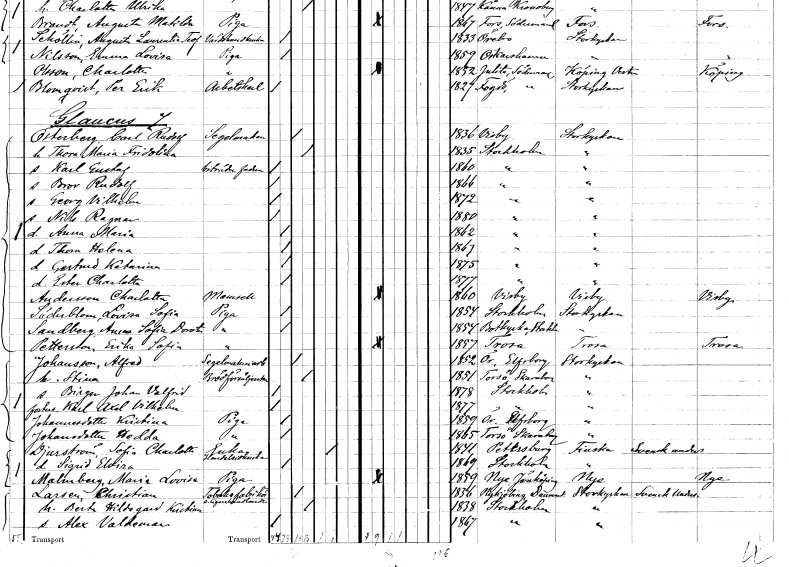
gt_parse: households: individuals: FN: Carl Rudolf
EN: Österberg
YRKE: Segelmakare
KON: M
CIV: G
FODAR: 1836
FODFORS: Visby Gotlands län
FN: Thora Maria Fridolina
KON: K
CIV: G
FODAR: 1835
FODFORS: Stockholm
FN: Karl Gustaf
YRKE: Biträde till fadern
KON: M
CIV: O
FODAR: 1860
FODFORS: Stockholm
FN: Bror Rudolf
KON: M
CIV: O
FODAR: 1866
FODFORS: Stockholm
FN: Georg Vilhelm
KON: M
CIV: O
FODAR: 1872
FODFORS: Stockholm
FN: Nils Ragnar
KON: M
CIV: O
FODAR: 1880
FODFORS: Stockholm
FN: Anna Maria
KON: K
CIV: O
FODAR: 1862
FODFORS: Stockholm
FN: Thora Helena
KON: K
CIV: O
FODAR: 1867
FODFORS: Stockholm
FN: Gertrud Katarina
KON: K
CIV: O
FODAR: 1875
FODFORS: Stockholm
FN: Ester Charlotta
KON: K
CIV: O
FODAR: 1877
FODFORS: Stockholm
FN: Charlotta
EN: Andersson
KON: K
CIV: O
FODAR: 1860
FODFORS: Visby Gotlands län
FN: Lovisa Sofia
EN: Söderblom
YRKE: Piga
KON: K
CIV: O
FODAR: 1854
FODFORS: Stockholm
FN: Anna Sofia Dorotea
EN: Sandberg
YRKE: Piga
KON: K
CIV: O
FODAR: 1854
FODFORS: Botkyrka Stockholms län
FN: Erika Sofia
EN: Pettersson
YRKE: Piga
KON: K
CIV: O
FODAR: 1857
FODFORS: Trosa Södermanlands län
FN: Alfred
EN: Johansson
YRKE: Segelmakeriarbetare
KON: M
CIV: G
FODAR: 1852
FODFORS: Ör Älvsborgs län
FN: Stina
YRKE: Brödförsäljerska
KON: K
CIV: G
FODAR: 1851
FODFORS: Torsö Skaraborgs län
FN: Birger Johan Valfrid
KON: M
CIV: O
FODAR: 1878
FODFORS: Stockholm
FN: Karl Axel Vilhelm
KON: M
CIV: O
FODAR: 1877
FODFORS: Stockholm
FN: Kristina
EN: Johannesdotter
YRKE: Piga
KON: K
CIV: O
FODAR: 1859
FODFORS: Ör Älvsborgs län
FN: Hedda
EN: Johansdotter
YRKE: Piga
KON: K
CIV: O
FODAR: 1865
FODFORS: Torsö Skaraborgs län
FN: Sofia Charlotta
EN: Djurström
YRKE: Änka Handelsidkerska
KON: K
CIV: E
FODAR: 1841
FN: Sigrid Elvira
KON: K
CIV: O
FODAR: 1869
FODFORS: Stockholm
FN: Maria Lovisa
EN: Malmberg
YRKE: Piga
KON: K
CIV: O
FODAR: 1859
FODFORS: Nye Jönköpings län
FN: Christian
EN: Larsen
YRKE: Tobaksfabrikör Cigarrhandlare
KON: M
CIV: G
FODAR: 1836
FN: Berta Hildegard Kristina
KON: K
CIV: G
FODAR: 1838
FODFORS: Stockholm
FN: Alex Valdemar
KON: M
CIV: O
FODAR: 1867
FODFORS: Stockholm